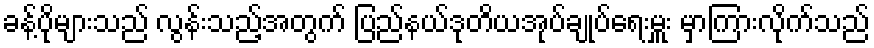
ခန့်ပိုများသည် လွန်းသည့်အတွက် ပြည်နယ်ဒုတိယအုပ်ချုပ်ရေးမှူး မှာကြားလိုက်သည်